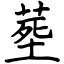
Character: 塟